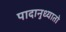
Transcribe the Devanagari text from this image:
पादानुध्यातो